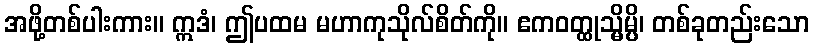
အဖို့တစ်ပါးကား။ ဣဒံ၊ ဤပထမ မဟာကုသိုလ်စိတ်ကို။ ဧကဝတ္ထုသ္မိမ္ပိ၊ တစ်ခုတည်းသော